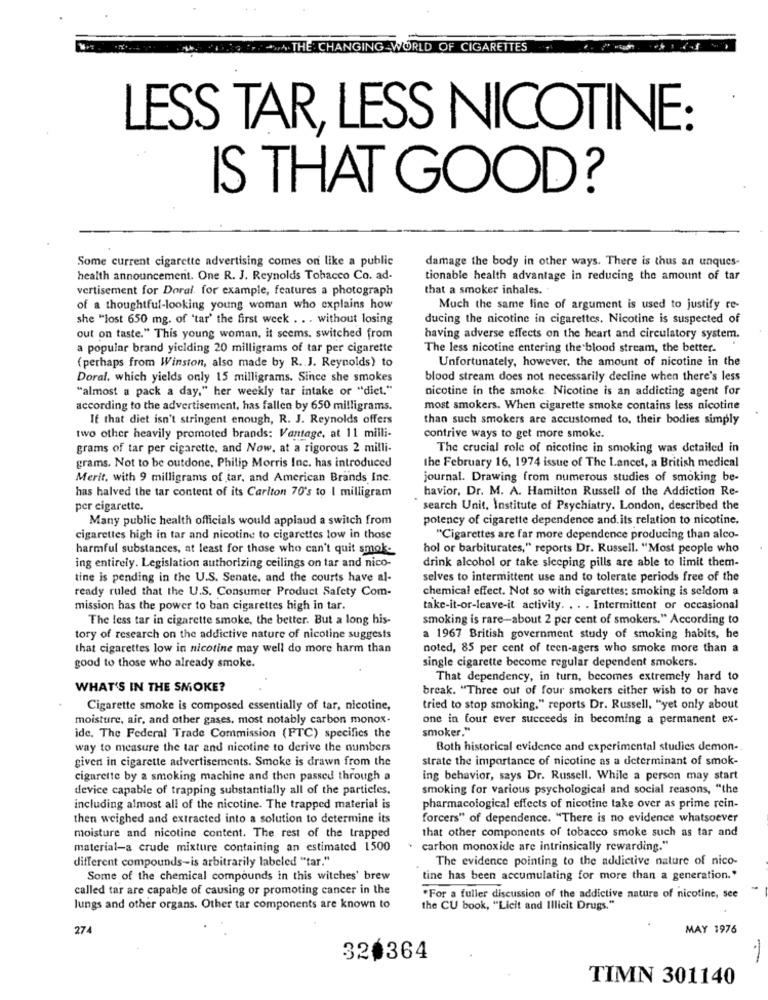
NA. CIAGATHE CHANGING WORLD OF CIGARETTES
LESS TAR, LESS NICOTINE:
IS THAT GOOD?
Some current cigarette advertising comes on like a public
damage the body in other ways. There is thus an unques-
health announcement. One R. J. Reynolds Tobacco Co. ad-
tionable health advantage in reducing the amount of tar
vertisement for Doral. for example, features a photograph
that a smoker inhales.
of a thoughtful-looking young woman who explains how
Much the same line of argument is used to justify re-
she "lost 650 mg. of 'tar' the first week . . . without losing
ducing the nicotine in cigarettes. Nicotine is suspected of
out on taste." This young woman, it seems. switched from
having adverse effects on the heart and circulatory system.
a popular brand yiciding 20 milligrams of tar per cigarette
The less nicotine entering the blood stream, the better.
Unfortunately, however, the amount of nicotine in the
(perhaps from Winston, also made by R. J. Reynolds) to
Doral, which yields only 15 milligrams. Since she smokes
blood stream does not necessarily decline when there's less
"almost a pack a day," her weekly tar intake or "dict."
nicotine in the smoke. Nicotine is an addicting agent for
according to the advertisement, has fallen by 650 milligrams.
most smokers. When cigarette smoke contains less nicotine
If that diet isn't stringent enough, R. J. Reynolds offers
than such smokers are accustomed to, their bodies simply
two other heavily promoted brands: Vantage, at 11 milli-
contrive ways to get more smoke.
grams of tar per cigarette, and Now, at a rigorous 2 milli-
The crucial role of nicotine in smoking was detailed in
grams. Not to be outdone, Philip Morris Inc. has introduced
the February 16, 1974 issue of The Lancet, a British medical
Merit, with 9 milligrams of tar, and American Brands Inc.
journal. Drawing from numerous studies of smoking be-
havior, Dr. M. A. Hamilton Russell of the Addiction Re-
has halved the tar content of its Carlton 70's to I milligram
per cigarette.
search Unit, Institute of Psychiatry. London, described the
Many public health officials would applaud a switch from
potency of cigarette dependence and. its relation to nicotine.
cigarettes high in tar and nicotine to cigarettes low in those
"Cigarettes are far more dependence producing than alco-
harmful substances, at least for those who can't quit smok-
hol or barbiturates," reports Dr. Russell. "Most people who
drink alcohol or take sleeping pills are able to limit them-
ing entirely. Legislation authorizing ceilings on tar and nico-
tine is pending in the U.S. Senate, and the courts have al-
selves to intermittent use and to tolerate periods free of the
ready ruled that the U.S. Consumer Product Safety Com-
chemical effect. Not so with cigarettes: smoking is seldom a
mission has the power to ban cigarettes high in tar.
take-it-or-leave-it activity. . . . Intermittent or occasional
The less tar in cigarette smoke, the better. But a long his-
smoking is rare-about 2 per cent of smokers." According to
tory of research on the addictive nature of nicotine suggests
a 1967 British government study of smoking habits, he
that cigarettes low in nicotine may well do more harm than
noted, 85 per cent of teen-agers who smoke more than a
single cigarette become regular dependent smokers.
good to those who already smoke.
That dependency, in turn, becomes extremely hard to
WHAT'S IN THE SMOKE?
break. "Three out of four smokers either wish to or have
Cigarette smoke is composed essentially of tar, nicotine,
tried to stop smoking." reports Dr. Russell, "yet only about
moisture, air, and other gases. most notably carbon monox-
one in four ever succeeds in becoming a permanent ex-
smoker."
ide. The Federal Trade Commission (FTC) specifies the
way to measure the tar and nicotine to derive the numbers
Both historical evidence and experimental studies demon-
given in cigarette advertisements. Smoke is drawn from the
strate the importance of nicotine as a determinant of smok-
cigarette by a smoking machine and then passed through a
ing behavior, says Dr. Russell. While a person may start
device capable of trapping substantially all of the particles.
smoking for various psychological and social reasons, "the
including almost all of the nicotine. The trapped material is
pharmacological effects of nicotine take over as prime rein-
then weighed and extracted into a solution to determine its
forcers" of dependence. "There is no evidence whatsoever
that other components of tobacco smoke such as tar and
moisture and nicotine content. The rest of the trapped
material-a crude mixture containing an estimated 1500
carbon monoxide are intrinsically rewarding."
different compounds-is arbitrarily labeled "tar."
The evidence pointing to the addictive nature of nico-
Some of the chemical compounds in this witches' brew
tine has been accumulating for more than a generation.'
called tar are capable of causing or promoting cancer in the
.For a fuller discussion of the addictive nature of nicotine, see
lungs and other organs. Other tar components are known to
the CU book, "Licit and Illicit Drugs."
274
MAY 1976
-
320364
TIMN 301140